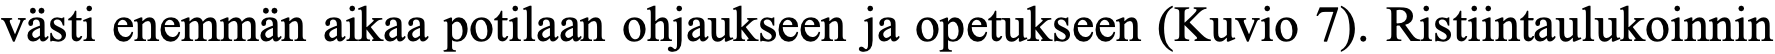
västi enemmän aikaa potilaan ohjaukseen ja opetukseen (Kuvio 7). Ristiintaulukoinnin